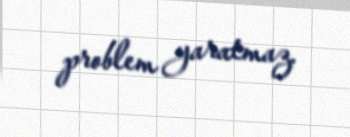
problem yaratmaz.